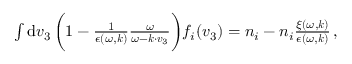
\begin{array} { r } { \int \mathrm { d } \boldsymbol { v } _ { 3 } \, \biggl ( 1 - \frac { 1 } { \epsilon ( \omega , \boldsymbol { k } ) } \frac { \omega } { \omega - \boldsymbol { k \cdot v } _ { 3 } } \biggr ) f _ { i } ( \boldsymbol { v } _ { 3 } ) = n _ { i } - n _ { i } \frac { \xi ( \omega , \boldsymbol { k } ) } { \epsilon ( \omega , \boldsymbol { k } ) } \, , } \end{array}